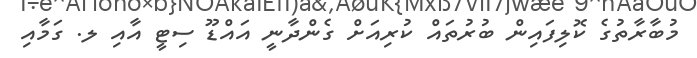
މުބާރާތުގެ ކޮލިފައިން ބުރުތައް ކުރިއަށް ގެންދާނީ އައްޑޫ ސިޓީ އާއި ލ. ގަމާއި